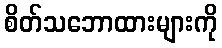
စိတ်သဘောထားများကို